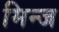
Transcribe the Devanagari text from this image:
मिन्ज